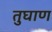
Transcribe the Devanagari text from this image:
तुघाण